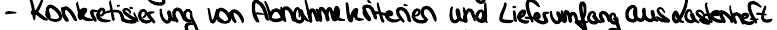
- Konkretisierung von Abnahmekriterien und Lieferumfang aus Lastenheft